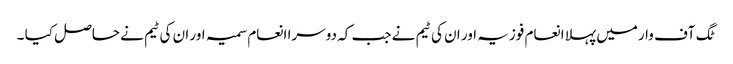
ٹگ آف وارمیں پہلا انعام فوزیہ اور ان کی ٹیم نے جب کہ دوسرا انعام سمیہ اور ان کی ٹیم نے حاصل کیا ۔